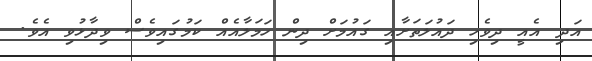
އަދި އެއީ ދިވެހި ދައުލަތަށާއި ގައުމަށް ދިން ހަމަލާއެއް ކަމުގައިވެސް ވިދާޅުވި އެވެ.